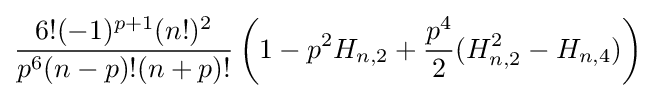
{\frac {6!(-1)^{p+1}(n!)^{2}}{p^{6}(n-p)!(n+p)!}}\left(1-p^{2}H_{n,2}+{\frac {p^{4}}{2}}(H_{n,2}^{2}-H_{n,4})\right)